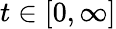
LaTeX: t\in[0,\infty]